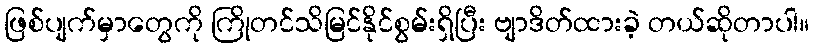
ဖြစ်ပျက်မှာတွေကို ကြိုတင်သိမြင်နိုင်စွမ်းရှိပြီး ဗျာဒိတ်ထားခဲ့ တယ်ဆိုတာပါ။